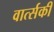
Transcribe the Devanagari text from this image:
वार्त्सकी